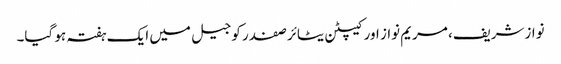
نوازشریف، مریم نواز اور کیپٹن یٹائر صفدر کو جیل میں ایک ہفتہ ہو گیا۔